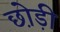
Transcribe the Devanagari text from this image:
छो़ड़ी